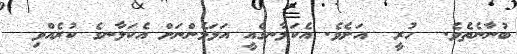
ބުނާނެތެވެ.  ހުރީ  އަށެވެ. އެކަލާނގެއީ އަޅަމެންނަށް އެކަލާނގެ ކުރެއްވި